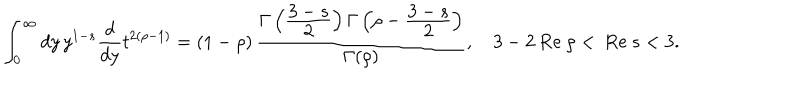
\int _ { 0 } ^ { \infty } d y \, y ^ { 1 - s } \frac { d } { d y } t ^ { 2 ( \rho - 1 ) } = ( 1 - \rho ) \, \frac { \Gamma \left( \frac { \displaystyle 3 - s } { \displaystyle 2 } \right) \Gamma \left( \rho - \frac { \displaystyle 3 - s } { \displaystyle 2 } \right) } { \Gamma ( \rho ) } , \quad 3 - 2 \mathrm { ~ R e ~ } \rho < \mathrm { ~ R e ~ } s < 3 .